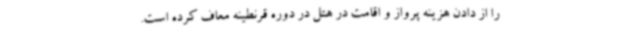
را از دادن هزینه پرواز و اقامت در هتل در دوره قرنطینه معاف کرده است.